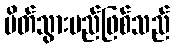
ပိတ်သွားမည်ဖြစ်သည်